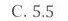
C.5.5